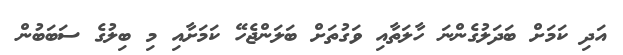
އަދި ކަމަށް ބަދަލުގެންނަ ހާލަތާއި ވަގުތަށް ބަލަންޖެހޭ ކަމަށާއި މި ބިލުގެ ސަބަބުން